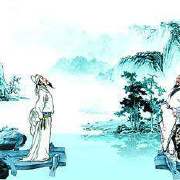
鸿雁几时到，江湖秋水多。